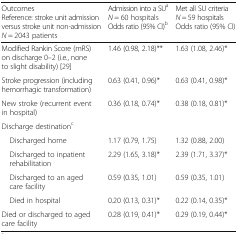
<table><thead><tr><td><b>OutcomesReference: stroke unit admission versus stroke unit non-admission<i>N</i> = 2043 patients</b></td><td><b>Admission into a SU<sup>a</sup><i>N</i> = 60 hospitalsOdds ratio (95% CI)<sup>b</sup></b></td><td><b>Met all SU criteria<i>N</i> = 59 hospitalsOdds ratio (95% CI)</b></td></tr></thead><tbody><tr><td>Modified Rankin Score (mRS) on discharge 0–2 (i.e., none to slight disability) [29]</td><td>1.46 (0.98, 2.18)**</td><td>1.63 (1.08, 2.46)*</td></tr><tr><td>Stroke progression (including hemorrhagic transformation)</td><td>0.63 (0.41, 0.96)*</td><td>0.63 (0.41, 0.98)*</td></tr><tr><td>New stroke (recurrent event in hospital)</td><td>0.36 (0.18, 0.74)*</td><td>0.38 (0.18, 0.81)*</td></tr><tr><td colspan="3">Discharge destination<sup>c</sup></td></tr><tr><td> Discharged home</td><td>1.17 (0.79, 1.75)</td><td>1.32 (0.88, 2.00)</td></tr><tr><td> Discharged to inpatient rehabilitation</td><td>2.29 (1.65, 3.18)*</td><td>2.39 (1.71, 3.37)*</td></tr><tr><td> Discharged to an aged care facility</td><td>0.59 (0.35, 1.01)</td><td>0.59 (0.35, 1.01)</td></tr><tr><td> Died in hospital</td><td>0.20 (0.13, 0.31)*</td><td>0.22 (0.14, 0.35)*</td></tr><tr><td>Died or discharged to aged care facility</td><td>0.28 (0.19, 0.41)*</td><td>0.29 (0.19, 0.44)*</td></tr></tbody></table>